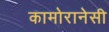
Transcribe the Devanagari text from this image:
कामोरानेसी